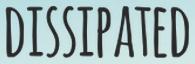
DISSIPATED